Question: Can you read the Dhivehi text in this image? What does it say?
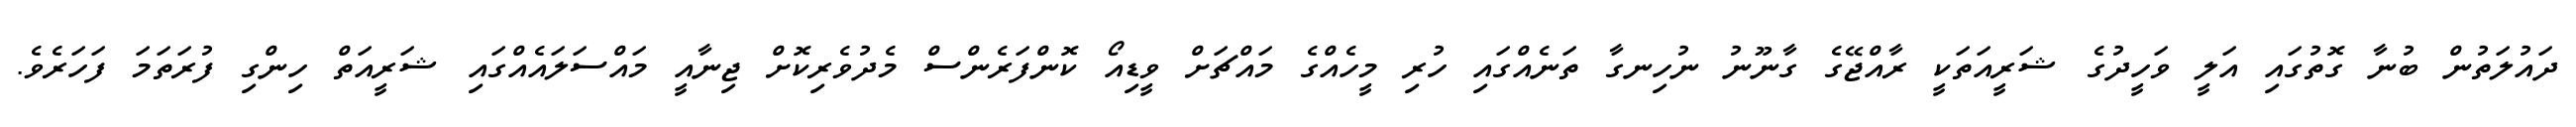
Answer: ދައުލަތުން ބުނާ ގޮތުގައި އަލީ ވަހީދުގެ ޝަރީއަތަކީ ރާއްޖޭގެ ގާނޫނު ނުހިނގާ ތަނެއްގައި ހުރި މީހެއްގެ މައްޗަށް ވީޑިއޯ ކޮންފަރެންސް މެދުވެރިކޮށް ޖިނާއީ މައްސަލައެއްގައި ޝަރީއަތް ހިންގި ފުރަތަމަ ފަހަރެވެ.